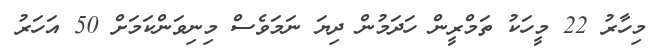
މިހާރު 22 މީހަކު ތަމްރީން ހަދަމުން ދިޔަ ނަމަވެސް މިނިވަންކަމަށް 50 އަހަރު